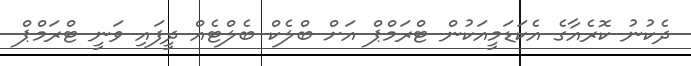
ދެކުނު ކޮރެއާގެ އެކަޑަމީއަކުން ޓްރަމްޕް އަށް ބްލެކް ބެލްޓެއް ދީފައި ވަނީ ޓްރަމްޕް